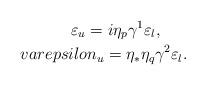
LaTeX: \begin{align*}\varepsilon_u = i \eta_p \gamma^1 \varepsilon_l, \ \ \ \ \ \\varepsilon_u = \eta_* \eta_q \gamma^2 \varepsilon_l .\end{align*}